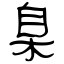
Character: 臬